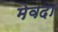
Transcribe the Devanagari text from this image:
मेवदा